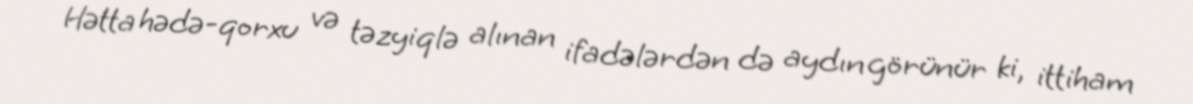
Hətta hədə-qorxu və təzyiqlə alınan ifadələrdən də aydın görünür ki, ittiham